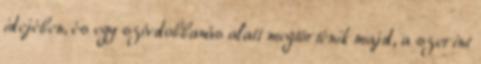
idejében, és egy szívdobbanás alatt megtörténik majd, a szerint